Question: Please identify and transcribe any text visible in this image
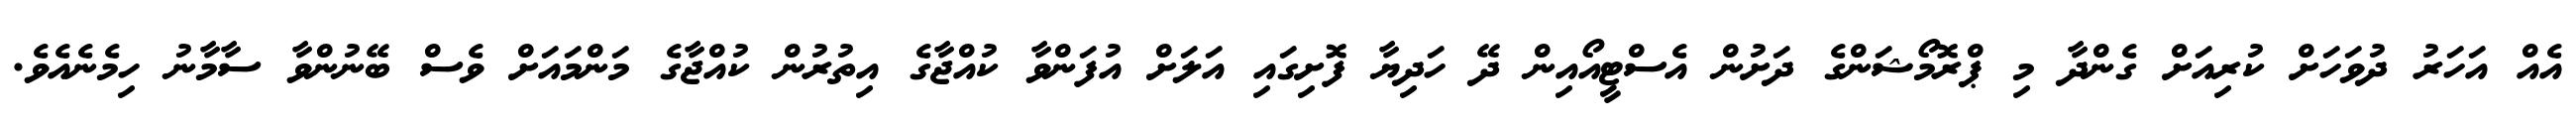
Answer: އެއް އަހަރު ދުވަހަށް ކުރިއަށް ގެންދާ މި ޕްރޮމޯޝަންގެ ދަށުން އެސްޓީއޯއިން ދޭ ހަދިޔާ ފޮށިގައި އަލަށް އުފަންވާ ކުއްޖާގެ އިތުރުން ކުއްޖާގެ މަންމައަށް ވެސް ބޭނުންވާ ސާމާނު ހިމެނެއެވެ.